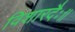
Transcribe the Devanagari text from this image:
विशारदैः॥